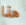
هذا